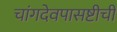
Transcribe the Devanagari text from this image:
चांगदेवपासष्टीची